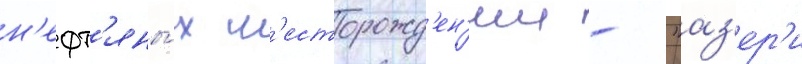
н'ефт'яны́х м'есторожд'ен'ии - "аз'ер'и